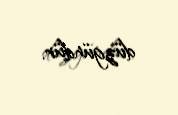
düzgündür.